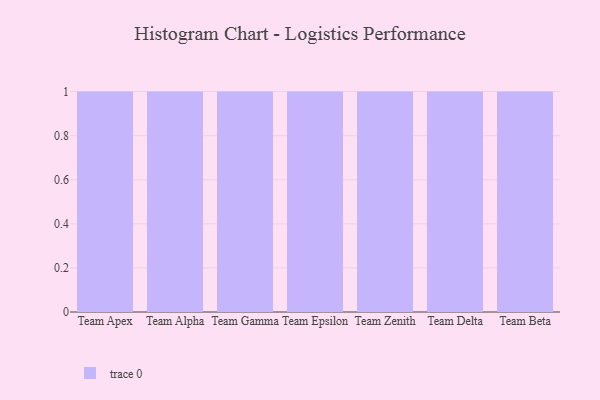
{"axis": {"x": "Team", "y": "Temperature (°C)"}, "legend": [""], "data": [{"x": "Team Apex", "y": 78, "type": ""}, {"x": "Team Alpha", "y": 62, "type": ""}, {"x": "Team Gamma", "y": 83, "type": ""}, {"x": "Team Epsilon", "y": 22, "type": ""}, {"x": "Team Zenith", "y": 70, "type": ""}, {"x": "Team Delta", "y": 56, "type": ""}, {"x": "Team Beta", "y": 51, "type": ""}]}